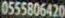
0555806420